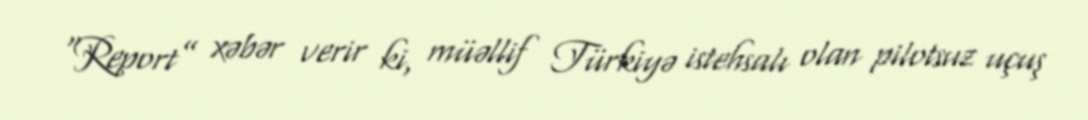
“Report” xəbər verir ki, müəllif Türkiyə istehsalı olan pilotsuz uçuş